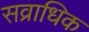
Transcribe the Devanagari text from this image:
सव्राधिक